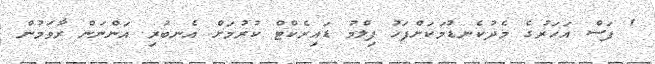
' ފަސް އަހަރުގެ މެދުކެނޑުމަކަށްފަހު ފިލްމު ޑައިރެކްޓް ކުރުމަށް އެނބުރި އަންނަން ރާވަމުން